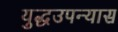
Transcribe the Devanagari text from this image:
युद्धउपन्यास